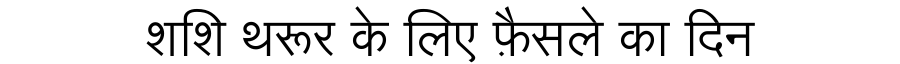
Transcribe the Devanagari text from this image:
शशि थरूर के लिए फ़ैसले का दिन